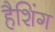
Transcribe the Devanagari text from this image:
हैशिंग